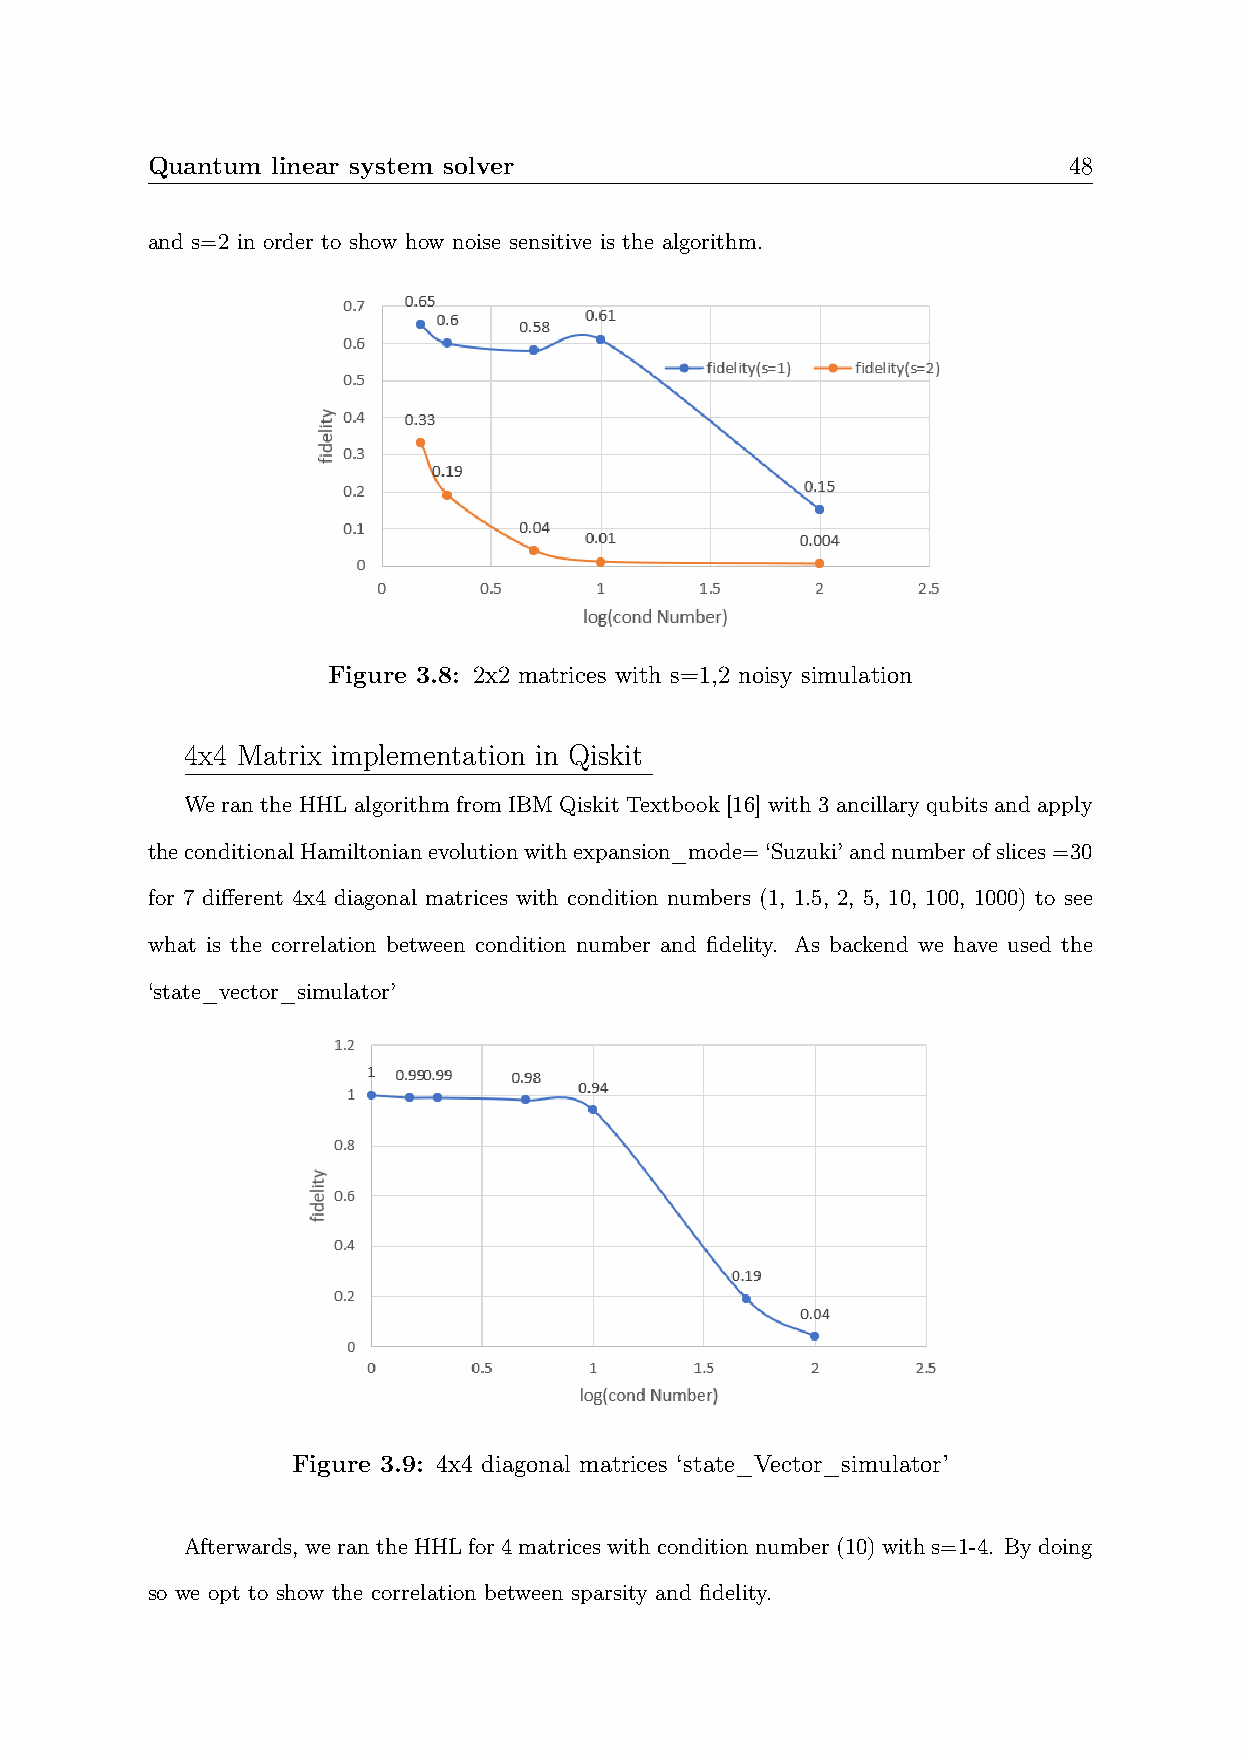
Quantum linear system solver                                 48
 and s=2 in order to show how noise sensitive is the algorithm.
 Figure 3.8: 2x2 matrices with s=1,2 noisy simulation
 4x4 Matrix implementation in Qiskit
 We ran the HHL algorithm from IBM Qiskit Textbook [16] with 3 ancillary qubits and apply
 theconditionalHamiltonianevolutionwithexpansion_mode=‘Suzuki’andnumberofslices=30
 for 7 different 4x4 diagonal matrices with condition numbers (1, 1.5, 2, 5, 10, 100, 1000) to see
 what is the correlation between condition number and fidelity. As backend we have used the
 ‘state_vector_simulator’
 Figure 3.9: 4x4 diagonal matrices ‘state_Vector_simulator’
 Afterwards, werantheHHLfor4matriceswithconditionnumber(10)withs=1-4. Bydoing
 so we opt to show the correlation between sparsity and fidelity.